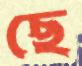
ছে